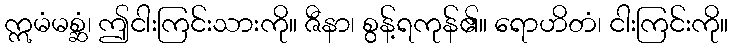
ဣမံမစ္ဆံ၊ ဤငါးကြင်းသားကို။ ဇီနာ၊ စွန့်ရကုန်၏။ ရောဟိတံ၊ ငါးကြင်းကို။